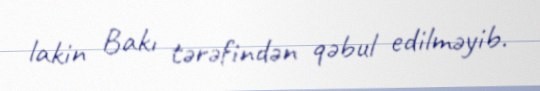
lakin Bakı tərəfindən qəbul edilməyib.